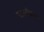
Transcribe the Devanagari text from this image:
उदानीकरण